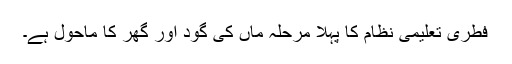
فطری تعلیمی نظام کا پہلا مرحلہ ماں کی گود اور گھر کا ماحول ہے۔